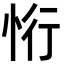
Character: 㤚